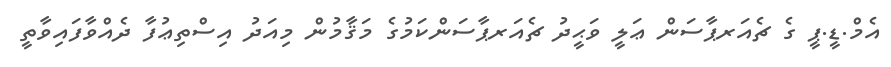
އެމް.ޑީ.ޕީ ގެ ޗެއަރޕާސަން ޢަލީ ވަޙީދު ޗެއަރޕާސަންކަމުގެ މަޤާމުން މިއަދު އިސްތިޢުފާ ދެއްވާފައިވާތީ